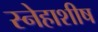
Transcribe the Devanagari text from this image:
स्नेहाशीष